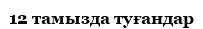
12 тамызда туғандар